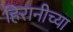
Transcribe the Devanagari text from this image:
हिरानीच्या